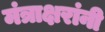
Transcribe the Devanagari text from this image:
मंत्राक्षरांनी